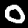
Label: 0